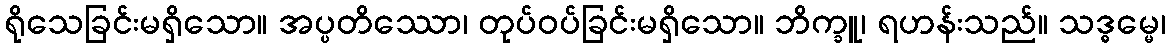
ရိုသေခြင်းမရှိသော။ အပ္ပတိဿော၊ တုပ်ဝပ်ခြင်းမရှိသော။ ဘိက္ခူ၊ ရဟန်းသည်။ သဒ္ဓမ္မေ၊